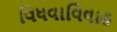
વિધવાવિવાહ